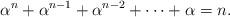
LaTeX: \begin{align*}\alpha^{n} + \alpha^{n-1} + \alpha^{n-2} + \cdots + \alpha=n.\end{align*}